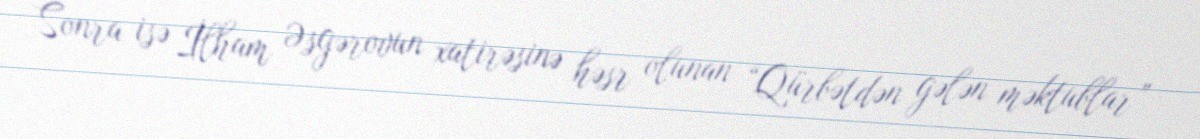
Sonra isə İlham Əsgərovun xatirəsinə həsr olunan “Qürbətdən gələn məktublar”